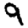
Digit: 9